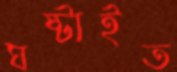
ঘষ্‌টাইত